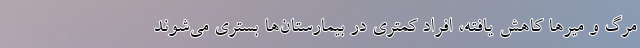
مرگ و میرها کاهش یافته، افراد کمتری در بیمارستان‌ها بستری می‌شوند